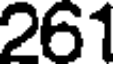
261